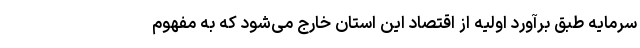
سرمایه طبق برآورد اولیه از اقتصاد این استان خارج می‌شود که به مفهوم